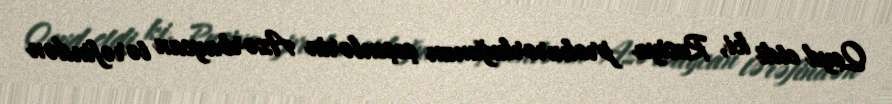
Qeyd etdi ki, Rusiya prokurorluğunun çeçenlərin Azərbaycan tərəfindən